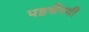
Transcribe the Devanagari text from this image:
पहचँगयी